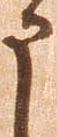
申